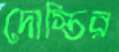
দোস্তির